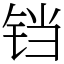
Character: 铛